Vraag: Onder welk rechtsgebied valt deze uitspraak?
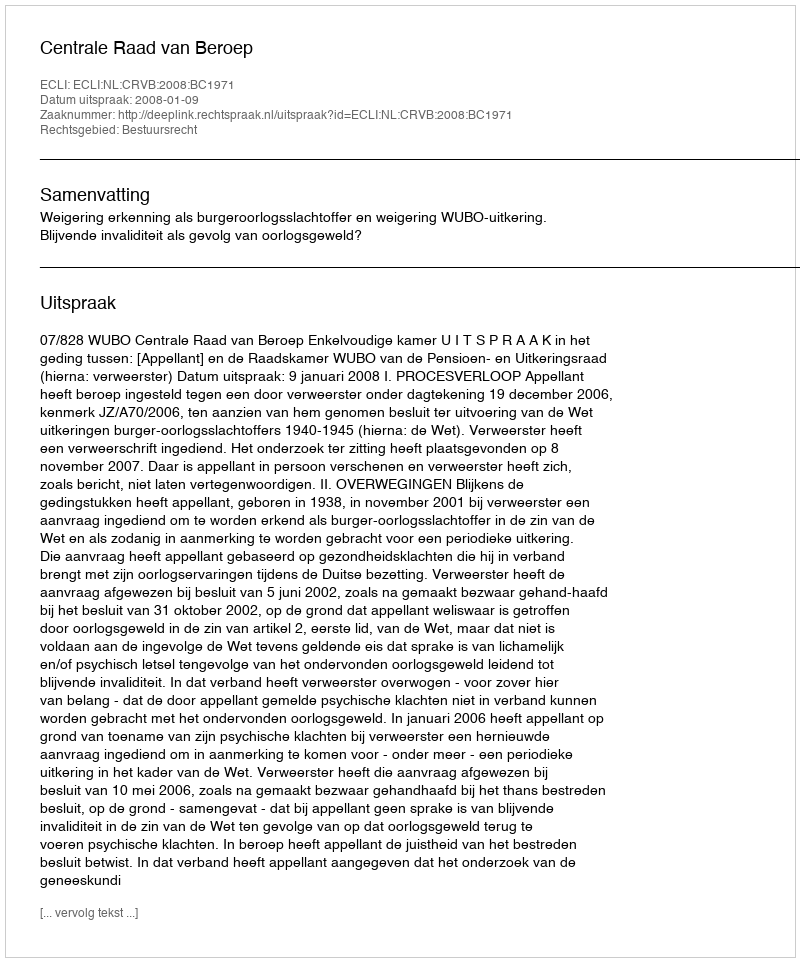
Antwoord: Bestuursrecht